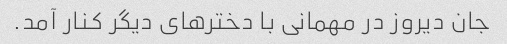
جان دیروز در مهمانی با دخترهای دیگر کنار آمد.